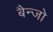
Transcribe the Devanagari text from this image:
बैन्जो